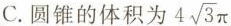
C. 圆锥的体积为4 \sqrt{3}\pi